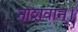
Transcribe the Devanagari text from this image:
नाशवान्।